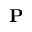
\mathbf { P }